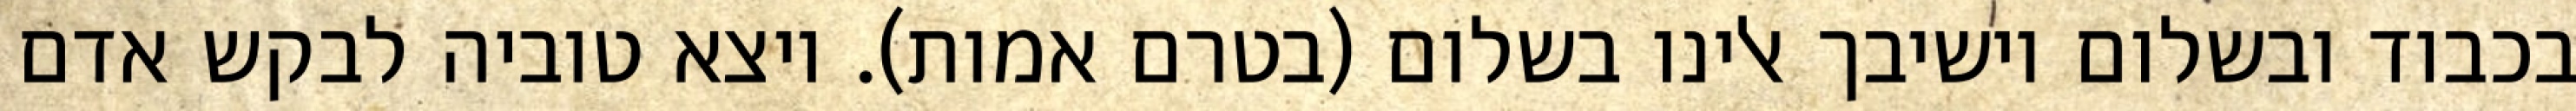
בכבוד ובשלום וישיבך אלינו בשלום (בטרם אמות). ויצא טוביה לבקש אדם